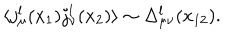
\langle j _ { \mu } ^ { l } ( x _ { 1 } ) j _ { \nu } ^ { l } ( x _ { 2 } ) \rangle \sim \Delta _ { \mu \nu } ^ { l } ( x _ { 1 2 } ) .